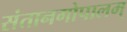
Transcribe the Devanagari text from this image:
संतानगोपालम्